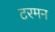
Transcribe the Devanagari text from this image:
टरमन